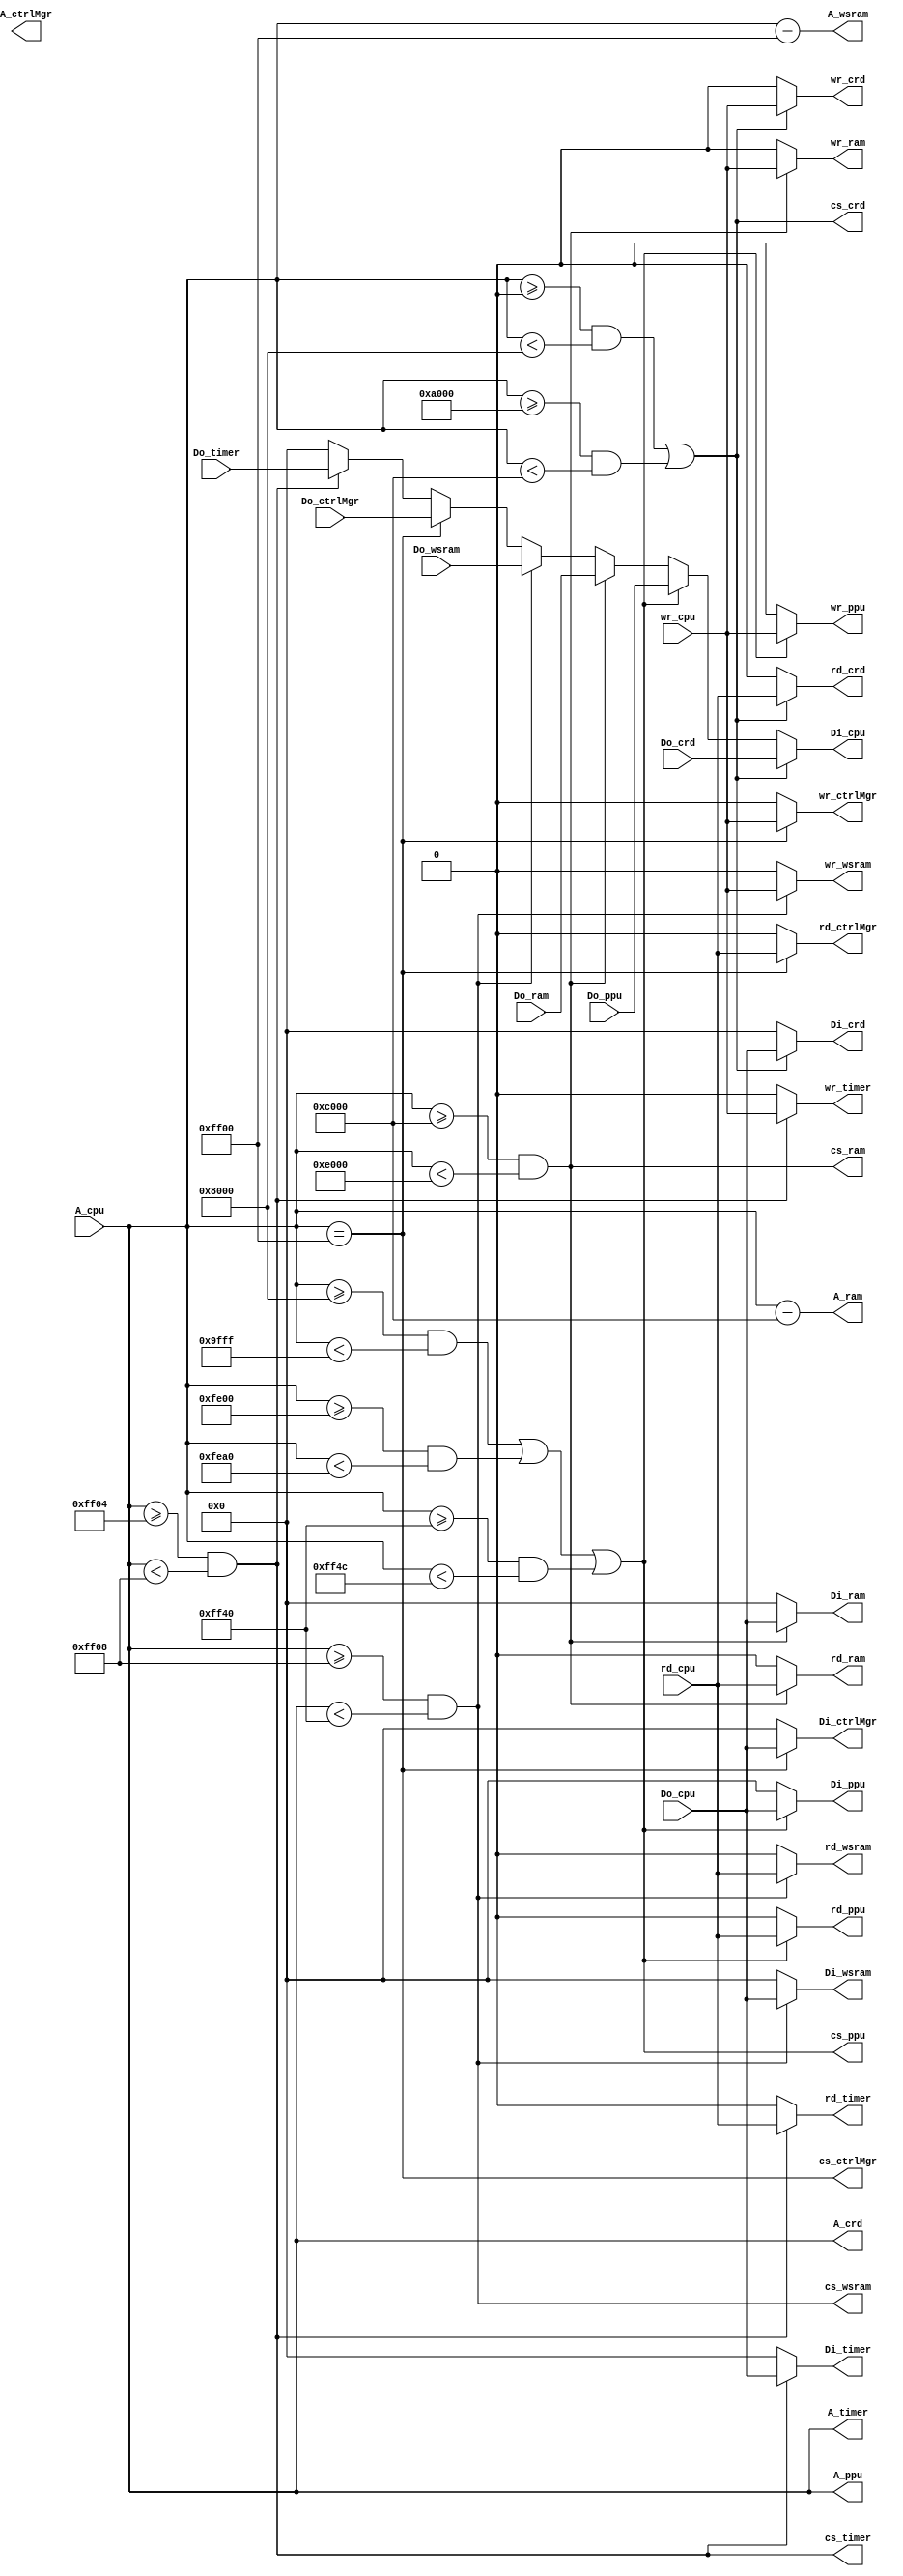
module mmu(

	//Cpu 0000-FFFF
	input 	[15:0] 	A_cpu,
	output 	[7:0] 	Di_cpu,
	input 	[7:0] 	Do_cpu,
	input					wr_cpu,
	input					rd_cpu,
	
	//Cartridge 0000-7FFF & A000-BFFF
	output 	[15:0] 	A_crd,
	output 	[7:0] 	Di_crd,
	input		[7:0]		Do_crd,
	output				cs_crd,
	output				wr_crd,
	output				rd_crd,

   //PPU 8000-9FFF & FE00-FE9F & FF40-FF4B
	output 	[15:0] 	A_ppu,
	output 	[7:0] 	Di_ppu,
	input		[7:0]		Do_ppu,
	output				cs_ppu,
	output				wr_ppu,
	output				rd_ppu,
   
	//RAM C000-DFFF
	output 	[15:0] 	A_ram,
	output 	[7:0] 	Di_ram,
	input		[7:0]		Do_ram,
	output 				cs_ram,
	output				wr_ram,
	output				rd_ram,
   
   //Controller Manager FF00
   output 	[15:0] 	A_ctrlMgr,
	output 	[7:0] 	Di_ctrlMgr,
	input		[7:0]		Do_ctrlMgr,
	output				cs_ctrlMgr,
	output				wr_ctrlMgr,
	output				rd_ctrlMgr,
   
   //Timer FF04-FF07
	output 	[15:0] 	A_timer,
	output 	[7:0] 	Di_timer,
	input		[7:0]		Do_timer,
	output				cs_timer,
	output				wr_timer,
	output				rd_timer,
   
	//Working & Stack RAM FF05-FF40
	output 	[15:0] 	A_wsram,
	output 	[7:0] 	Di_wsram,
	input		[7:0]		Do_wsram,
	output				cs_wsram,
	output				wr_wsram,
	output				rd_wsram
	
);


assign A_crd = A_cpu;
assign A_ppu = A_cpu;
assign A_ram = A_cpu - 16'hC000;
assign A_wsram = A_cpu - 16'hFF00;
assign A_timer = A_cpu;

assign wr_crd =   cs_crd ? wr_cpu : 1'b0;
assign wr_ppu = cs_ppu ? wr_cpu : 1'b0;
assign wr_ram =   cs_ram ? wr_cpu : 1'b0;
assign wr_wsram = cs_wsram ? wr_cpu : 1'b0;
assign wr_ctrlMgr = cs_ctrlMgr ? wr_cpu : 1'b0;
assign wr_timer = cs_timer ? wr_cpu : 1'b0;

assign rd_crd =   cs_crd ? rd_cpu : 1'b0;
assign rd_ppu = cs_ppu ? rd_cpu : 1'b0;
assign rd_ram =   cs_ram ? rd_cpu : 1'b0;
assign rd_wsram = cs_wsram ? rd_cpu : 1'b0;
assign rd_ctrlMgr = cs_ctrlMgr ? rd_cpu : 1'b0;
assign rd_timer = cs_timer ? rd_cpu : 1'b0;

assign cs_crd = (A_cpu >= 16'h0000 && A_cpu < 16'h8000) || (A_cpu >= 16'hA000 && A_cpu < 16'hC000);
assign cs_ppu = (A_cpu >= 16'h8000 && A_cpu < 16'h9FFF) || (A_cpu >= 16'hFE00 && A_cpu < 16'hFEA0) || (A_cpu >= 16'hFF40 && A_cpu < 16'hFF4C);
assign cs_ram = (A_cpu >= 16'hC000 && A_cpu < 16'hE000);
assign cs_ctrlMgr = A_cpu == 16'hFF00;
assign cs_timer = (A_cpu >= 16'hFF04 && A_cpu < 16'hFF08);
assign cs_wsram = (A_cpu >= 16'hFF08 && A_cpu < 16'hFF40);

assign Di_cpu = cs_crd ? Do_crd : (cs_ppu ? Do_ppu : (cs_ram ? Do_ram : (cs_wsram ? Do_wsram : (cs_ctrlMgr ? Do_ctrlMgr : (cs_timer ? Do_timer : 8'b0 )))));

assign Di_crd = cs_crd ? Do_cpu : 8'b0;
assign Di_ppu = cs_ppu ? Do_cpu : 8'b0;
assign Di_ram = cs_ram ? Do_cpu : 8'b0;
assign Di_wsram = cs_wsram ? Do_cpu : 8'b0;
assign Di_ctrlMgr = cs_ctrlMgr ? Do_cpu : 8'b0;
assign Di_timer = cs_timer ? Do_cpu : 8'b0;


endmodule